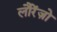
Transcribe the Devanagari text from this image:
लौरेंज़ो